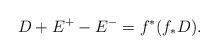
LaTeX: \begin{align*}D + E^+ - E^- = f^*(f_*D).\end{align*}